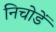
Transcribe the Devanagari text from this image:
निचोडें